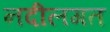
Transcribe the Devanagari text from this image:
नदीलगत